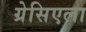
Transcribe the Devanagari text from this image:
ग्रेसिएला